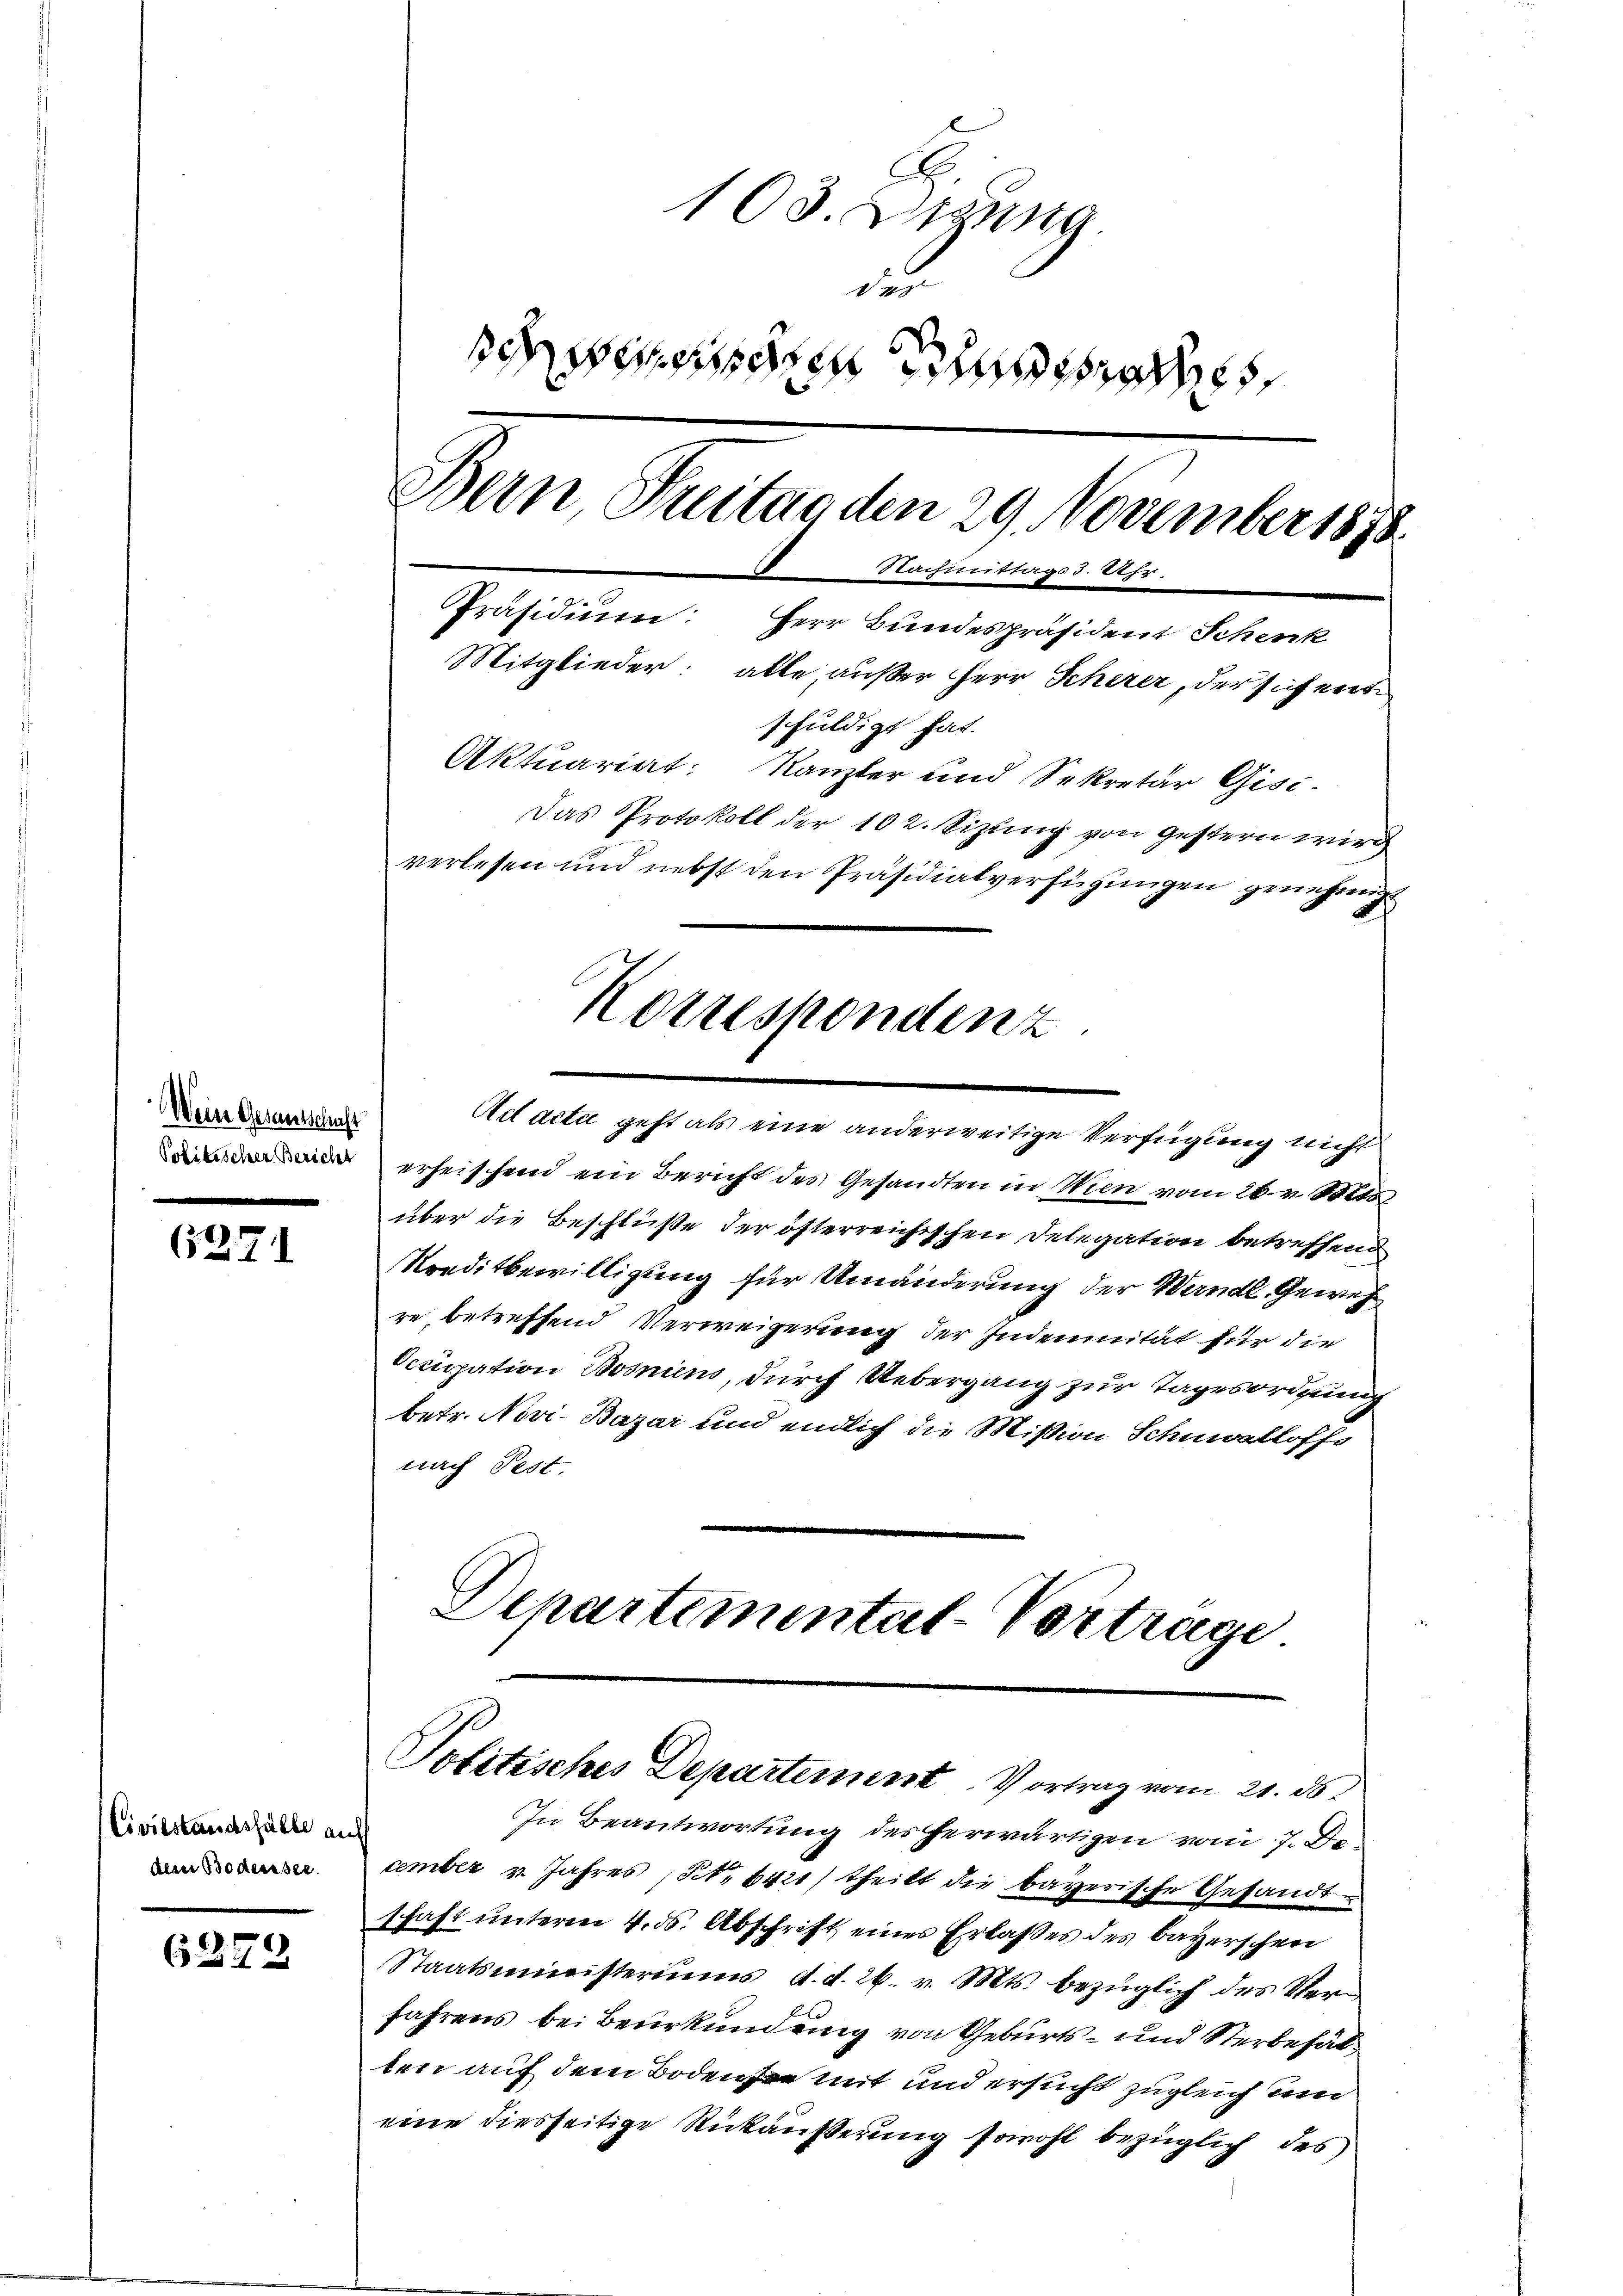
Wein Gesantschaft
Politischen Bericht

6271

Civilstandsfälle auf
dem Bodensee.

6279

103. Wigung
2
seten doch
Dein Streitag den 29. November 1878.
Nachmittags 3. Uhr
Präsidium: Herr Bundespräsident Schenk
Mitglieder, alle außer Herr Scherer, der sich ers
schuldigt hat.
Aktuariat: Kanzler und Sekretär Gisi-
Das Protokoll der 102. Sizung von gestern wird
verlesen und nebst den Präsidialverfügungen genehmigt

Ad acta geht als eine anderweitige Verfügung nicht
erheischend ein Bericht des Gesandten in Wien vom 26. v. Mts.
über die Beschlüße der österreichischen Delegation betreffend
Kreditbewilligung für Umänderung der Werndl. Gewes
re betreffend Verweigerung der Indemnität für die
Occupation Bosniens, durch Uebergang zur Tagesordnung
betr. Novi- Bazar und endlich die Mißion Schnalloffs
nach Fest.
Departementat-Vortrage

Korrespondenz

Politisches Departement. Vortrag vom 21. ds.

In Beantwortung des herwärtigen vom 7. De
cember u. Jahres (N. 6421) theilt die bayerische Gesandt.
schaft unterm 4. ds. Abschrift eines Erlasses des bayerschen
Staatsministeriums d. d. 26. v. Mts. bezüglich des Verfahrens bei Beurkundung von Geburts- und Sterbefälten auf dem Boden sie mit und ersucht zugleich und
eine diesseitige Rückäußerung sowohl bezüglich des